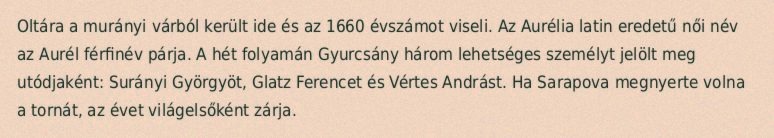
Oltára a murányi várból került ide és az 1660 évszámot viseli. Az Aurélia latin eredetű női név az Aurél férfinév párja. A hét folyamán Gyurcsány három lehetséges személyt jelölt meg utódjaként: Surányi Györgyöt, Glatz Ferencet és Vértes Andrást. Ha Sarapova megnyerte volna a tornát, az évet világelsőként zárja.